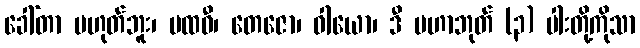
ခေါ်တာ မဟုတ်ဘူး၊ ပထဝီ၊ တေဇော၊ ဝါယော၊ ဒီ မဟာဘုတ် (၃) ပါးတို့ကိုသာ